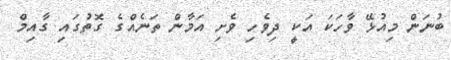
ބުނަން މިއުޅޭ ވާހަކަ އަކީ ދިވެހި ވެށި އަމާން ތަނެއްގެ ގޮތުގައި ގާއިމް